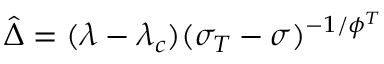
\hat { \Delta } = ( \lambda - \lambda _ { c } ) ( \sigma _ { T } - \sigma ) ^ { - 1 / \phi ^ { T } }